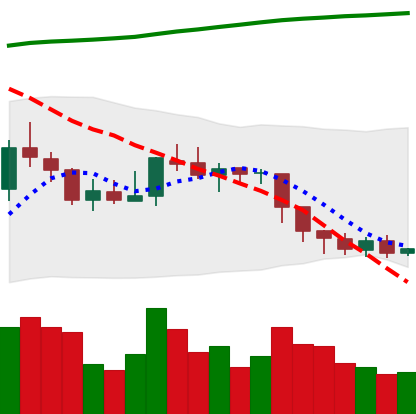
Ticker: EOS-USD
Chart end date: 2018-08-05
Forward return: -25.215%
Label: down_7plus